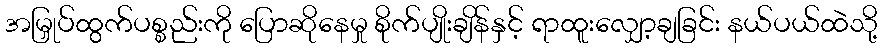
အမြှုပ်ထွက်ပစ္စည်းကို ပြောဆိုနေမှု စိုက်ပျိုးချိန်နှင့် ရာထူးလျှော့ချခြင်း နယ်ပယ်ထဲသို့